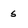
Character: 5